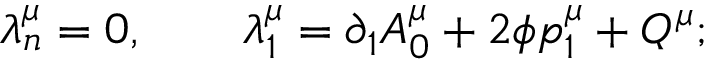
\lambda _ { n } ^ { \mu } = 0 , \qquad \lambda _ { 1 } ^ { \mu } = \partial _ { 1 } A _ { 0 } ^ { \mu } + 2 \phi p _ { 1 } ^ { \mu } + Q ^ { \mu } ;